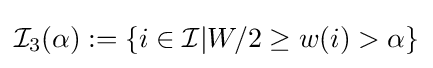
{\mathcal {I}}_{3}(\alpha ):=\{i\in {\mathcal {I}}|W/2\geq w(i)>\alpha \}